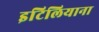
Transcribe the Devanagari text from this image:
इटिलियाना